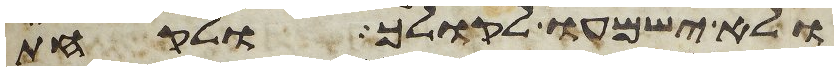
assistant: ולא ישמעו לקולך ולקחת